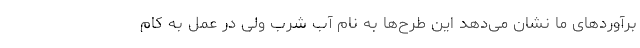
برآوردهای ما نشان می‌دهد این طرح‌ها به نام آب شرب ولی در عمل به کام